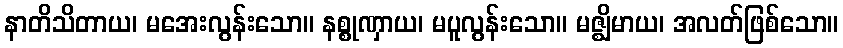
နာတိသိတာယ၊ မအေးလွန်းသော။ နစ္စုဏှာယ၊ မပူလွန်းသော။ မဇ္ဈိမာယ၊ အလတ်ဖြစ်သော။